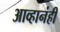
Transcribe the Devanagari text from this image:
आव्हानंही